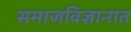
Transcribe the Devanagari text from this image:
समाजविज्ञानात